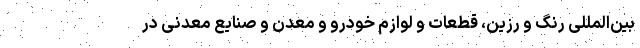
بین‌المللی رنگ و رزین، قطعات و لوازم خودرو و معدن و صنایع معدنی در